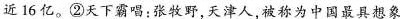
近16亿。2天下霸唱:张牧野,天津人,被称为中国最具想象